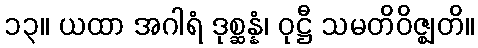
၁၃။ ယထာ အဂါရံ ဒုစ္ဆန္နံ၊ ဝုဋ္ဌီ သမတိဝိဇ္ဈတိ။